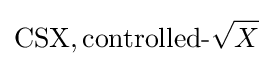
\mathrm {CSX} ,{\text{controlled-}}{\sqrt {X}}